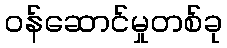
ဝန်ဆောင်မှုတစ်ခု